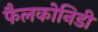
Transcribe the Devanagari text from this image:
फैलकोनिडी